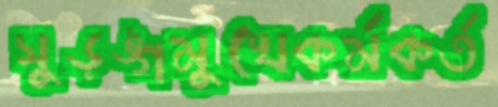
সুড়ঙ্গমুখেকর্মকর্ত